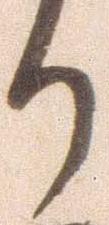
り